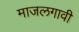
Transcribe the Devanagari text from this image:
माजलगावी